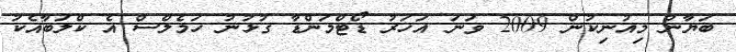
ބަޔާން މިއުނިކުން 2009 ވަނަ އަހަރު ޑޯޓްމަންޑާ ގުޅުނު ހަމެލްސް އެ ކްލަބާއެކު